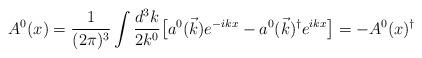
LaTeX: \begin{align*}A^0(x)=\frac{1}{(2 \pi)^3} \int \frac{d^3 k}{2 k^0} \bigl[ a^0 (\vec{k}) e^{-ikx} - a^0 (\vec{k})^\dagger e^{ikx} \bigr]=-A^0(x)^\dagger\end{align*}